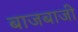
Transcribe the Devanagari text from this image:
बाजबाजी